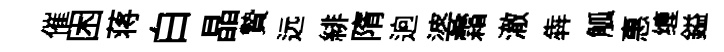
催困蒋白晶贄远緋隋逈婆霜澈犇觚惠缠鎰